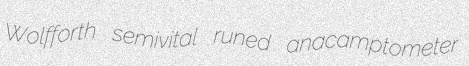
Wolfforth semivital runed anacamptometer